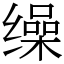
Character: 缲